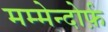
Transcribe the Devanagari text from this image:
मम्मेन्दोर्फ़